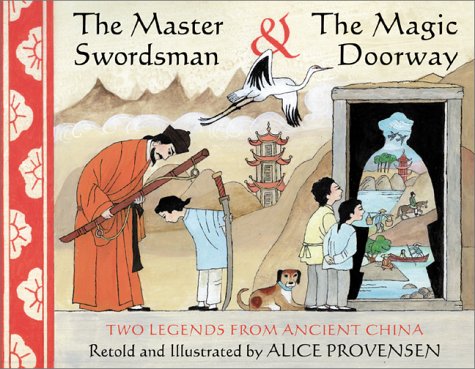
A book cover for The Master Swordsman & the Magic Doorway: Two Legends from Ancient China; Alice Provensen; Children's Books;